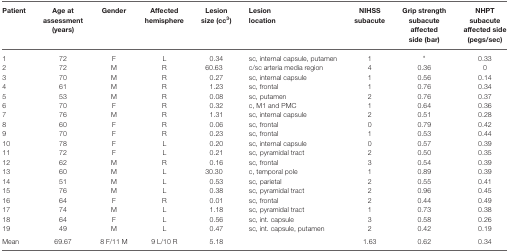
| Patient | Age at assessment (years) | Gender | Affected hemisphere | Lesion size (cc3) | Lesion location | NIHSS subacute | Grip strength subacute affected side (bar) | NHPT subacute affected side (pegs/sec) |
 | --- | --- | --- | --- | --- | --- | --- | --- | --- |
 | 1 | 72 | F | L | 0.34 | sc, internal capsule, putamen | 1 | * | 0.33 |
 | 2 | 72 | M | R | 60.63 | c/sc arteria media region | 4 | 0.36 | 0 |
 | 3 | 70 | M | R | 0.27 | sc, internal capsule | 1 | 0.56 | 0.14 |
 | 4 | 61 | M | R | 1.23 | sc, frontal | 1 | 0.76 | 0.34 |
 | 5 | 53 | M | R | 0.08 | sc, putamen | 2 | 0.76 | 0.37 |
 | 6 | 70 | F | R | 0.32 | c, M1 and PMC | 1 | 0.64 | 0.36 |
 | 7 | 76 | M | R | 1.31 | sc, internal capsule | 2 | 0.51 | 0.28 |
 | 8 | 60 | F | R | 0.06 | sc, frontal | 0 | 0.79 | 0.42 |
 | 9 | 70 | F | R | 0.23 | sc, frontal | 1 | 0.53 | 0.44 |
 | 10 | 78 | F | L | 0.20 | sc, internal capsule | 0 | 0.57 | 0.39 |
 | 11 | 72 | F | L | 0.21 | sc, pyramidal tract | 2 | 0.50 | 0.35 |
 | 12 | 62 | M | R | 0.16 | sc, frontal | 3 | 0.54 | 0.39 |
 | 13 | 60 | M | L | 30.30 | c, temporal pole | 1 | 0.89 | 0.39 |
 | 14 | 51 | M | L | 0.53 | sc, parietal | 2 | 0.55 | 0.41 |
 | 15 | 76 | M | L | 0.38 | sc, pyramidal tract | 2 | 0.96 | 0.45 |
 | 16 | 64 | F | R | 0.01 | sc, frontal | 2 | 0.44 | 0.49 |
 | 17 | 74 | M | L | 1.18 | sc, pyramidal tract | 1 | 0.73 | 0.38 |
 | 18 | 64 | F | L | 0.56 | sc, int. capsule | 3 | 0.58 | 0.26 |
 | 19 | 49 | M | L | 0.47 | sc, int. capsule, putamen | 2 | 0.42 | 0.19 |
 | Mean | 69.67 | 8 F/11 M | 9 L/10 R | 5.18 |  | 1.63 | 0.62 | 0.34 |